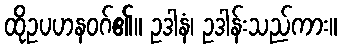
ထိုဥပဟနဝဂ်၏။ ဥဒါနံ၊ ဥဒါန်းသည်ကား။